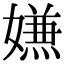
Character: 𭒡